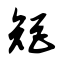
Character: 矩